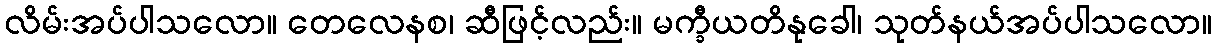
လိမ်းအပ်ပါသလော။ တေလေနစ၊ ဆီဖြင့်လည်း။ မက္ခီယတိနုခေါ၊ သုတ်နယ်အပ်ပါသလော။